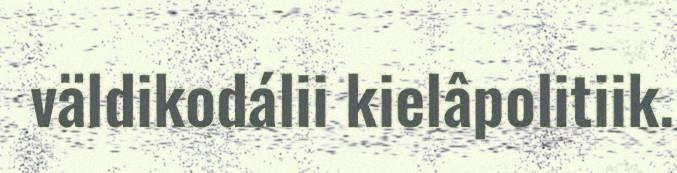
väldikodálii kielâpolitiik.